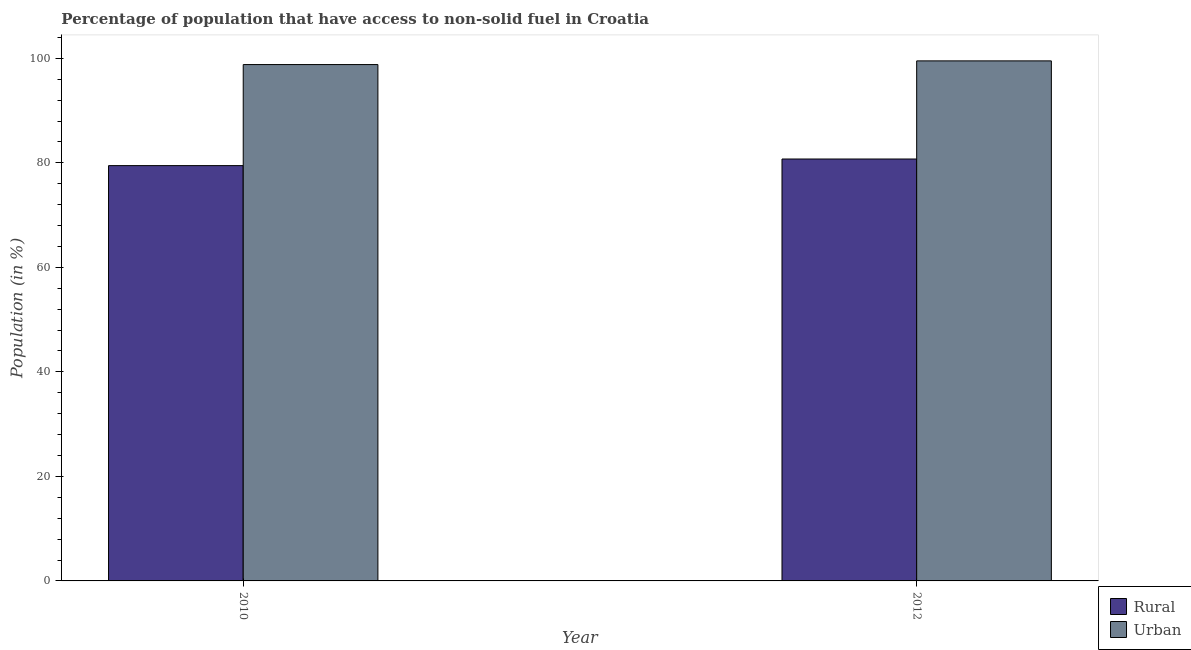
| Year | Rural | Urban |
 | --- | --- | --- |
 | 2010 | 79.5 | 98.8 |
 | 2012 | 80.7 | 99.5 |